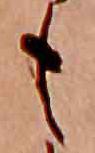
も